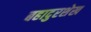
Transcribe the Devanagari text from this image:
बहादुरशेख